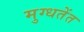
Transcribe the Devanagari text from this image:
मुग्धतेंत